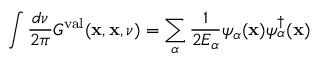
\int \frac { d \nu } { 2 \pi } { \cal G } ^ { \mathrm { v a l } } ( { \bf x } , { \bf x } , \nu ) = \sum _ { \alpha } \frac { 1 } { 2 E _ { \alpha } } \psi _ { \alpha } ( { \bf x } ) \psi _ { \alpha } ^ { \dagger } ( { \bf x } )